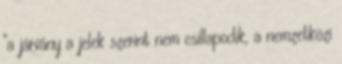
"a járvány a jelek szerint nem csillapodik, a nemzetközi